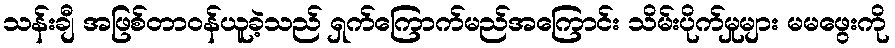
သန်းချီ အဖြစ်တာဝန်ယူခဲ့သည် ရှက်ကြောက်မည်အကြောင်း သိမ်းပိုက်မှုများ မမဖွေးကို